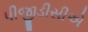
પીજીડીસીએ